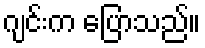
ဂျင်းက ပြောသည်။